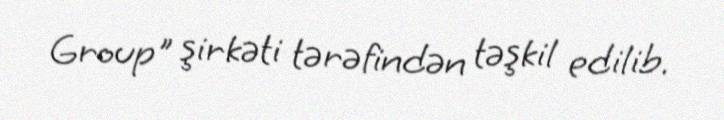
Group" şirkəti tərəfindən təşkil edilib.